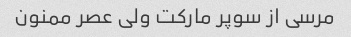
مرسی از سوپر مارکت ولی عصر ممنون